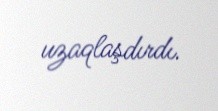
uzaqlaşdırdı.